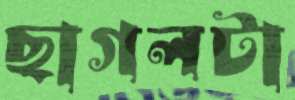
ছাগলটা